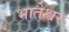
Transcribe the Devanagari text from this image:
भातेश्वर